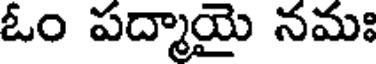
ఓం పద్మాయై నమః